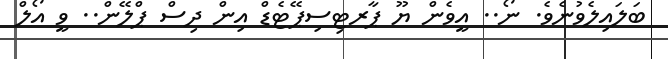
ބަލައިލެވުނެވެ. ނޯ.. އީވެން ޔޫ ޕާރޓިސިޕޭޓެޑް އިން ދިސް ޕްލޭން.. ވީ އޯލް